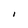
Character: I